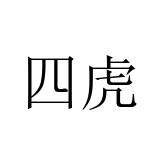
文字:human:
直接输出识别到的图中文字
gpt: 四虎